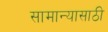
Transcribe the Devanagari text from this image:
सामान्यासाठी